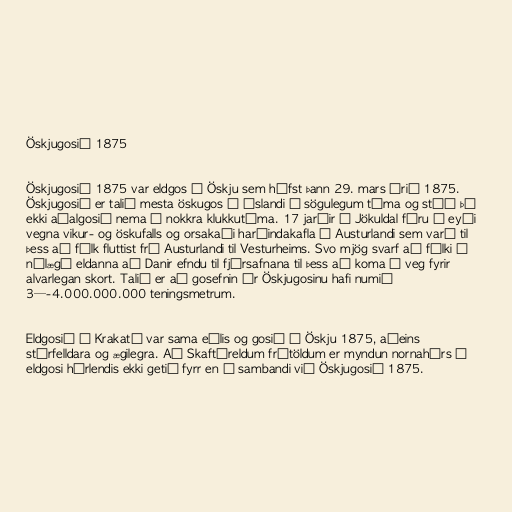
Öskjugosið 1875

Öskjugosið 1875 var eldgos í Öskju sem hófst þann 29. mars árið 1875.
Öskjugosið er talið mesta öskugos á Íslandi á sögulegum tíma og stóð þó
ekki aðalgosið nema í nokkra klukkutíma. 17 jarðir á Jökuldal fóru í eyði
vegna vikur- og öskufalls og orsakaði harðindakafla á Austurlandi sem varð til
þess að fólk fluttist frá Austurlandi til Vesturheims. Svo mjög svarf að fólki í
nálægð eldanna að Danir efndu til fjársafnana til þess að koma í veg fyrir
alvarlegan skort. Talið er að gosefnin úr Öskjugosinu hafi numið
3—-4.000.000.000 teningsmetrum.

Eldgosið í Krakatá var sama eðlis og gosið í Öskju 1875, aðeins
stórfelldara og ægilegra. Að Skaftáreldum frátöldum er myndun nornahárs í
eldgosi hérlendis ekki getið fyrr en í sambandi við Öskjugosið 1875.